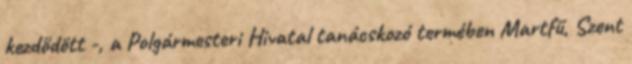
kezdődött -, a Polgármesteri Hivatal tanácskozó termében Martfű, Szent